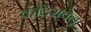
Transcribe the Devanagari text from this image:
कदिरावेलू